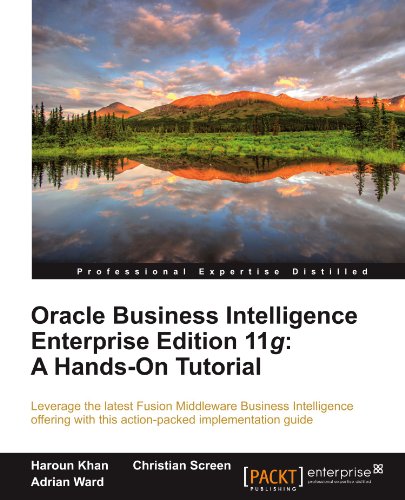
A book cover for Oracle Business Intelligence Enterprise Edition 11g: A Hands-On Tutorial; Christian Screen; Computers & Technology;